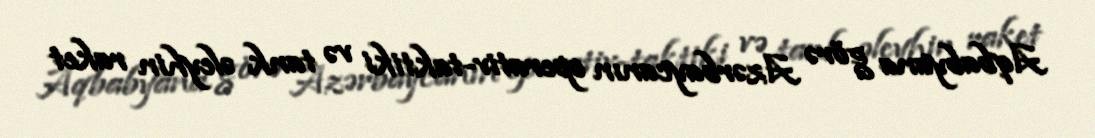
Aqbabyana görə Azərbaycanın operativ-taktiki və tank əleyhin raket